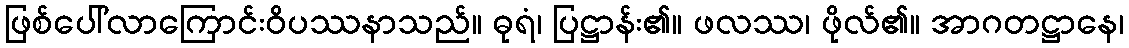
ဖြစ်ပေါ်လာကြောင်းဝိပဿနာသည်။ ဓုရံ၊ ပြဋ္ဌာန်း၏။ ဖလဿ၊ ဖိုလ်၏။ အာဂတဋ္ဌာနေ၊